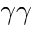
\gamma \gamma